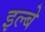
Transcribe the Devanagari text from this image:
इल्बे